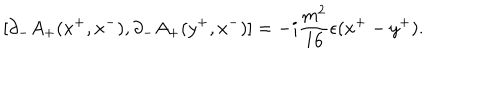
[ { \partial } _ { - } A _ { + } ( x ^ { + } , x ^ { - } ) , { \partial } _ { - } A _ { + } ( y ^ { + } , x ^ { - } ) ] = - i \frac { m ^ { 2 } } { 1 6 } { \epsilon } ( x ^ { + } - y ^ { + } ) .